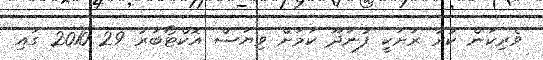
ވެރިކަން ކުރާ ރަށަކީ ފުނަދޫ ކަމަށް ވިޔަސް އޮކްޓޯބަރު 29 2010 ގައި